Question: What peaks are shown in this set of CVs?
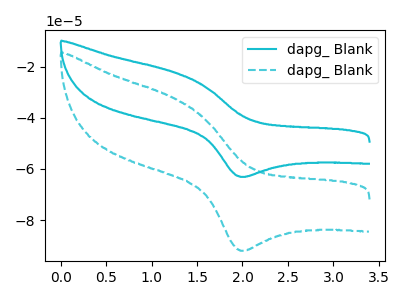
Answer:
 <answer>The cyan curve "dapg_ Blank1" has an anodic peak at (1.25V, -22.30uA) and a cathodic peak at (2.00V, -63.10uA). The cyan dashed curve "dapg_ Blank2" has an anodic peak at (1.25V, -32.50uA) and a cathodic peak at (2.00V, -92.00uA).</answer>
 <eval></eval>